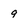
Character: g